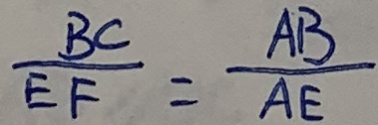
\frac { B C } { E F } = \frac { A B } { A E }